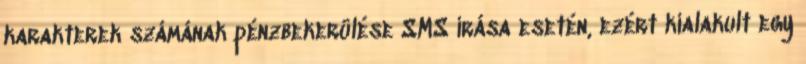
karakterek számának pénzbekerülése SMS írása esetén, ezért kialakult egy